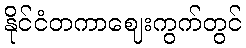
နိုင်ငံတကာဈေးကွက်တွင်